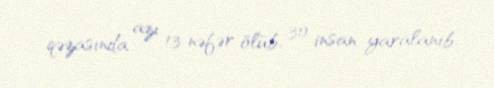
qəzasında azı 13 nəfər ölüb, 30 insan yaralanıb.